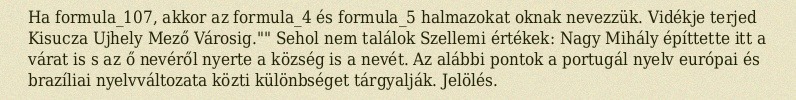
Ha formula_107, akkor az formula_4 és formula_5 halmazokat oknak nevezzük. Vidékje terjed Kisucza Ujhely Mező Városig."" Sehol nem találok Szellemi értékek: Nagy Mihály építtette itt a várat is s az ő nevéről nyerte a község is a nevét. Az alábbi pontok a portugál nyelv európai és brazíliai nyelvváltozata közti különbséget tárgyalják. Jelölés.